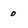
Character: 0